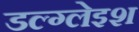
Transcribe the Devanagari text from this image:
डल्ग्लेइश